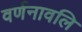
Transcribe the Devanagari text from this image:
वर्णनावलि